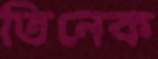
তিনেক